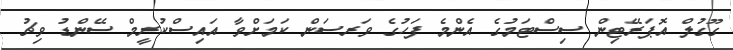
ގޫގުލް އޮޕަރޭޓިން ސިސްޓަމުގެ އެންމެ ފަހުގެ ވަރސަން ކަމަށްވާ އައިސްކުރީމް ސޭންޑު ވިޗު